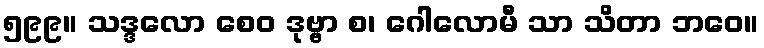
၅၉၉။ သဒ္ဒလော စေဝ ဒုဗ္ဗာ စ၊ ဂေါလောမီ သာ သိတာ ဘဝေ။